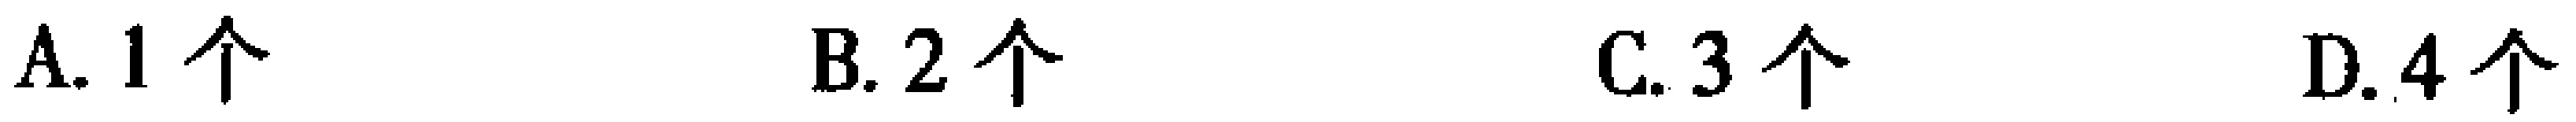
A. 1个  B. 2个  C. 3个  D. 4个